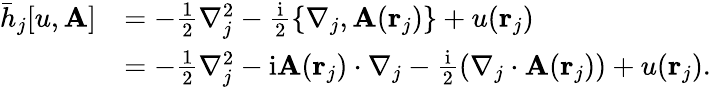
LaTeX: \begin{array}{rl}{\bar{h}_{j}[u,\mathbf{A}]}&{=-\frac{1}{2}\nabla_{j}^{2}-\frac{\mathrm{i}}{2}\{ \nabla_{j},\mathbf{A}(\mathbf{r}_{j})\} +u(\mathbf{r}_{j})}\\ &{=-\frac{1}{2}\nabla_{j}^{2}-\mathrm{i}\mathbf{A}(\mathbf{r}_{j})\cdot\nabla_{j}-\frac{\mathrm{i}}{2}(\nabla_{j}\cdot\mathbf{A}(\mathbf{r}_{j}))+u(\mathbf{r}_{j}).}\end{array}